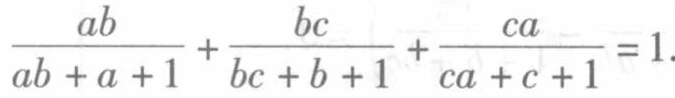
$\frac{ab}{ab + a + 1}+\frac{bc}{bc + b + 1}+\frac{ca}{ca + c + 1}=1$